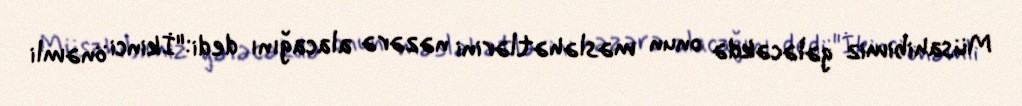
Müsahibimiz gələcəkdə onun məsləhətlərini nəzərə alacağını dedi:"İkinci önəmli